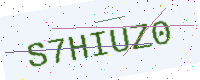
Text: S7HIUZ0